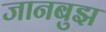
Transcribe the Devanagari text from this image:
जानबुझ